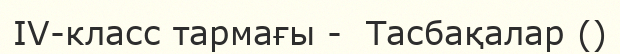
ІV-класс тармағы -  Тасбақалар ()